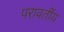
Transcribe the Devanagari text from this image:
परावर्तीय